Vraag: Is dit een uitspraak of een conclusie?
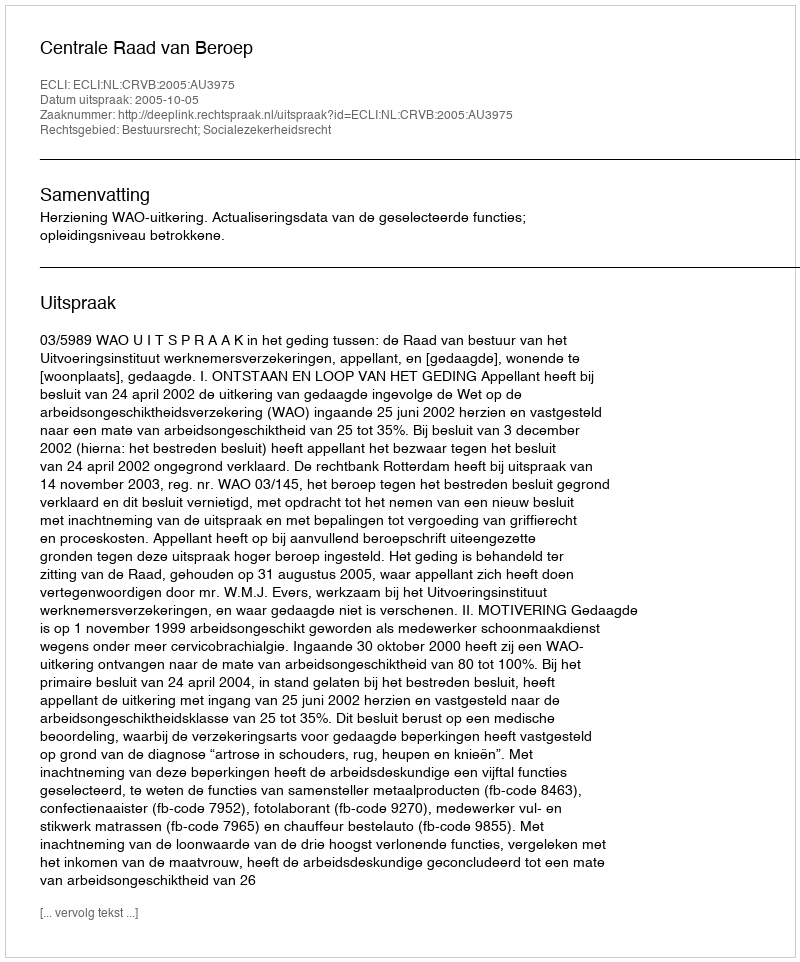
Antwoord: Uitspraak